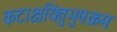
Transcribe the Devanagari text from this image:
कटाक्षयितुभुपक्रमः